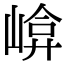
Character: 𡹮